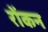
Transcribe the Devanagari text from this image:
रोंकन